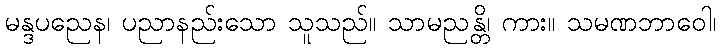
မန္ဒပညေန၊ ပညာနည်းသော သူသည်။ သာမညန္တိ၊ ကား။ သမဏဘာဝေါ၊